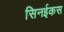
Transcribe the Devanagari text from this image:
सिनईकस